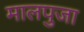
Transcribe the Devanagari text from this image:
मालपुजा